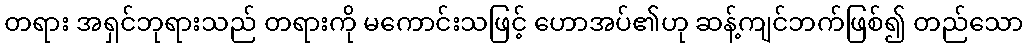
တရား အရှင်ဘုရားသည် တရားကို မကောင်းသဖြင့် ဟောအပ်၏ဟု ဆန့်ကျင်ဘက်ဖြစ်၍ တည်သော